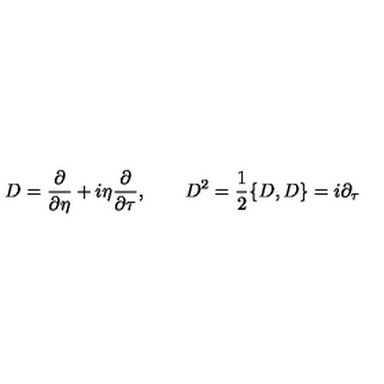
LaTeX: D = { \frac { \partial } { \partial \eta } } + i \eta { \frac { \partial } { \partial \tau } } , \qquad D ^ { 2 } = { \frac { 1 } { 2 } } \{ D , D \} = i \partial _ { \tau }